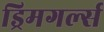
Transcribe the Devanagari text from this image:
ड्रिमगर्ल्स